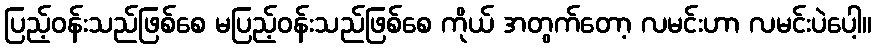
ပြည့်ဝန်းသည်ဖြစ်စေ မပြည့်ဝန်းသည်ဖြစ်စေ ကိုယ် အတွက်တော့ လမင်းဟာ လမင်းပဲပေါ့။